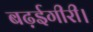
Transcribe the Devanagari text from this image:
बढ़ईगीरी।